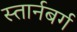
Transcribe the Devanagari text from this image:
स्तार्नबर्ग